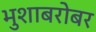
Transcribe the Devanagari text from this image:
भुशाबरोबर